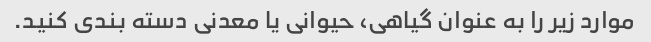
موارد زیر را به عنوان گیاهی، حیوانی یا معدنی دسته بندی کنید.